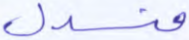
منسدل